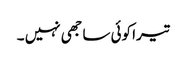
تیرا کوئی ساجھی نہیں ۔